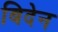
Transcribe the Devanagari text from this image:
बिदेन